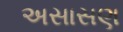
અસાસણ